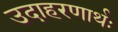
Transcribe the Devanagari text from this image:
उदाहरणार्थः